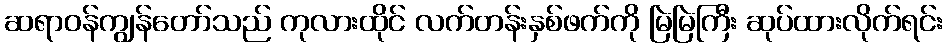
ဆရာဝန်ကျွန်တော်သည် ကုလားထိုင် လက်တန်းနှစ်ဖက်ကို မြဲမြဲကြီး ဆုပ်ထားလိုက်ရင်း